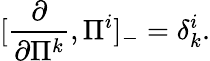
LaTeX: [\frac{\partial}{\partial\Pi^{k}},\Pi^{i}]_{-}=\delta_{k}^{i}.